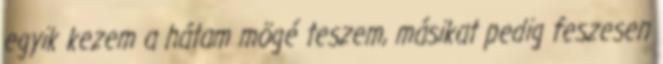
egyik kezem a hátam mögé teszem, másikat pedig feszesen